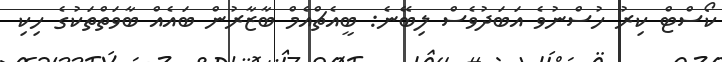
ކޯސްޓް ކިރު ހުސްނުވެ އަބަދުވެސް ލިބޭނެ: ބީއެޗްއެމް ބާޒާރުން ބައެއް ބާވަތްތަކުގެ ހިކި